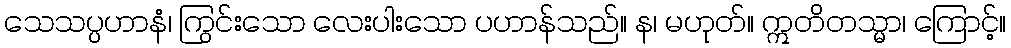
သေသပ္ပဟာနံ၊ ကြွင်းသော လေးပါးသော ပဟာန်သည်။ န၊ မဟုတ်။ ဣတိတသ္မာ၊ ကြောင့်။